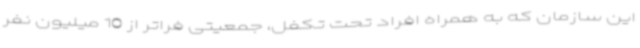
این سازمان که به همراه افراد تحت تکفل، جمعیتی فراتر از 10 میلیون نفر